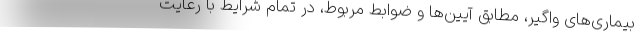
بیماری‌های واگیر، مطابق آیین‌ها و ضوابط مربوط، در تمام شرایط با رعایت